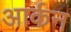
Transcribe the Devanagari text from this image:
आर्कन